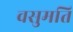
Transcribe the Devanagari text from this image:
वसुमति